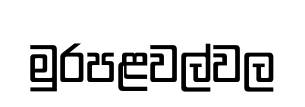
මුරපළවල්වල